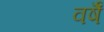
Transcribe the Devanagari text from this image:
वर्षॆं